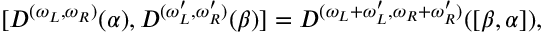
[ D ^ { ( \omega _ { L } , \omega _ { R } ) } ( \alpha ) , D ^ { ( \omega _ { L } ^ { \prime } , \omega _ { R } ^ { \prime } ) } ( \beta ) ] = D ^ { ( \omega _ { L } + \omega _ { L } ^ { \prime } , \omega _ { R } + \omega _ { R } ^ { \prime } ) } ( [ \beta , \alpha ] ) ,